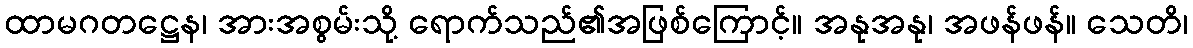
ထာမဂတဋ္ဌေန၊ အားအစွမ်းသို့ ရောက်သည်၏အဖြစ်ကြောင့်။ အနုအနု၊ အဖန်ဖန်။ သေတိ၊